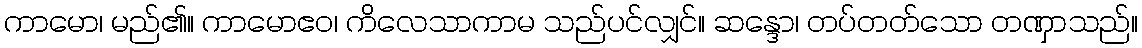
ကာမော၊ မည်၏။ ကာမောဧဝ၊ ကိလေသာကာမ သည်ပင်လျှင်။ ဆန္ဒော၊ တပ်တတ်သော တဏှာသည်။